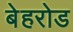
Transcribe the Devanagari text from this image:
बेहरोड